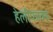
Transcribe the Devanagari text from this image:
हेलीफाक्स